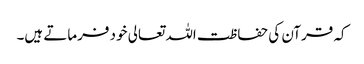
کہ قرآن کی حفاظت اللہ تعالی خود فرماتے ہیں۔